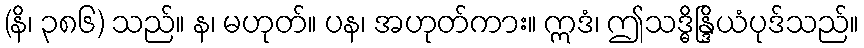
(နိ၊ ၃၈၆) သည်။ န၊ မဟုတ်။ ပန၊ အဟုတ်ကား။ ဣဒံ၊ ဤသဒ္ဓိန္ဒြိယံပုဒ်သည်။